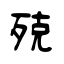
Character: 殑